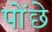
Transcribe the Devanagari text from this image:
पोंछे